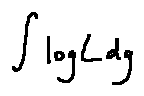
\int \log L d g